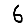
Digit: 6